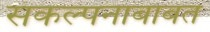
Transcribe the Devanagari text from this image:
संकल्पनाबाबत